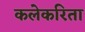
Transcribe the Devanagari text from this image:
कलेकरिता